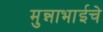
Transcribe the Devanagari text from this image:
मुन्नाभाईचे